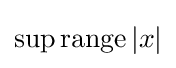
\sup \operatorname {range} |x|